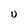
Character: U